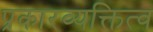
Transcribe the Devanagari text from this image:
प्रकारव्यक्तित्व